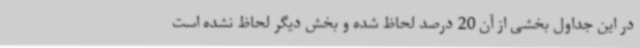
در این جداول بخشی از آن 20 درصد لحاظ شده و بخش دیگر لحاظ نشده است